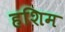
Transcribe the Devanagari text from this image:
हशिम